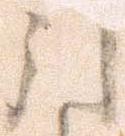
引